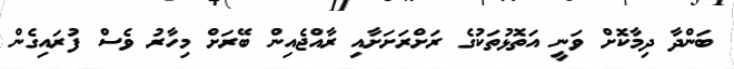
ބަންދާ ދިމާކޮށް ވަނީ އަތޮޅުތަކުގެ ރަށްރަށަށާއި ރާއްޖެއިން ބޭރަށް މިހާރު ވެސް ފުރައިގެން